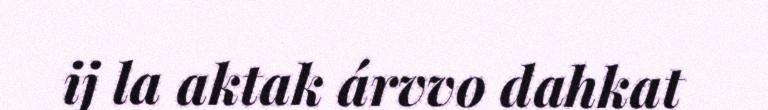
ij la aktak árvvo dahkat